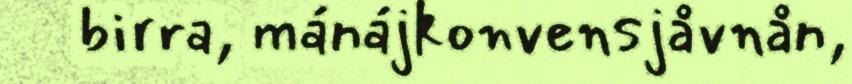
birra, mánájkonvensjåvnån,